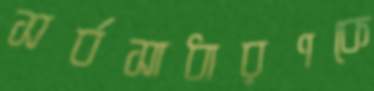
সর্বসাধারণকে